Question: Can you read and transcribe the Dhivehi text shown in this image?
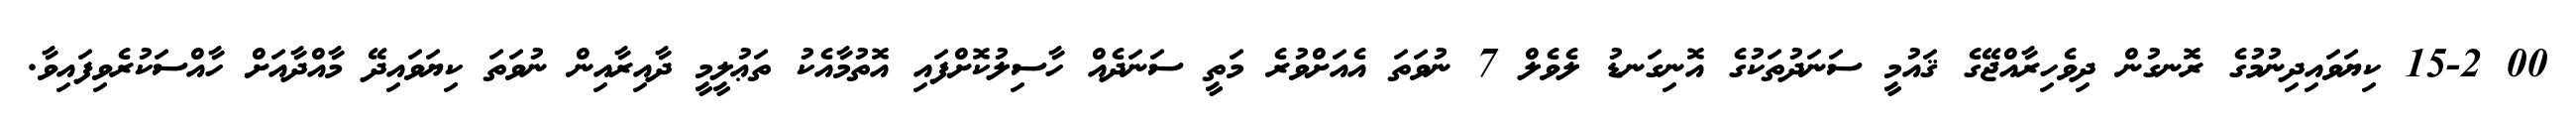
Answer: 00 15-2 ކިޔަވައިދިނުމުގެ ރޮނގުން ދިވެހިރާއްޖޭގެ ޤައުމީ ސަނަދުތަކުގެ އޮނިގަނޑު ލެވެލް 7 ނުވަތަ އެއަށްވުރެ މަތީ ސަނަދެއް ހާސިލުކޮށްފައި އޮތުމާއެކު ތަޢުލީމީ ދާއިރާއިން ނުވަތަ ކިޔަވައިދޭ މާއްދާއަށް ހާއްސަކުރެވިފައިވާ.